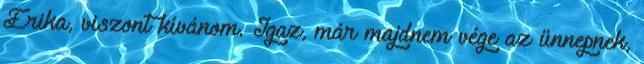
Erika, viszont kívánom. Igaz, már majdnem vége az ünnepnek,